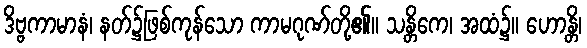
ဒိဗ္ဗကာမာနံ၊ နတ်၌ဖြစ်ကုန်သော ကာမဂုဏ်တို့၏။ သန္တိကေ၊ အထံ၌။ ဟောန္တိ၊